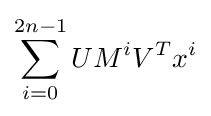
\sum _{i=0}^{2n-1}UM^{i}V^{T}x^{i}